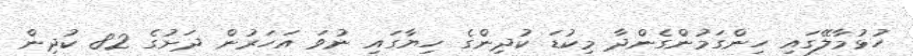
ހުޅުމާލޭގައި ހިންގަމުންގެންދާ މިކުޑަ ކުދިންގެ ހިޔާގައި ނުވަ އަހަރުން ދަށުގެ 82 ކުދިން